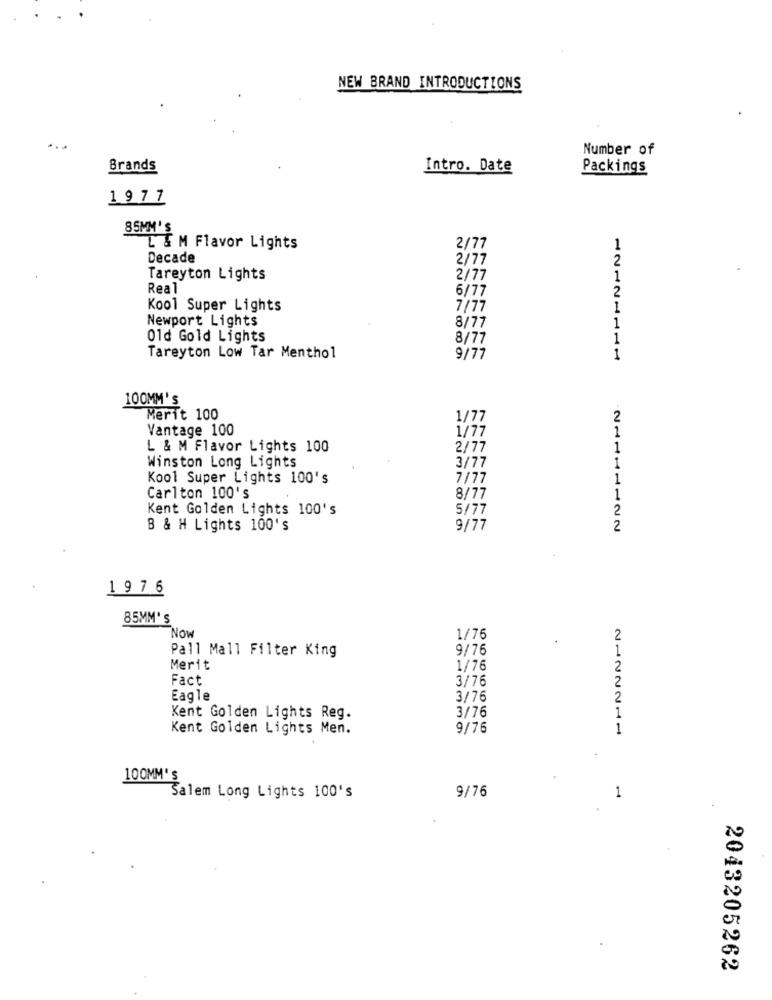
NEW BRAND INTRODUCTIONS
...
Number of
Brands
Intro. Date
Packings
19 77
85MM'S
L & M Flavor Lights
2/77
Decade
2/77
2
Tareyton Lights
2/77
1
Real
2
6/77
Kool Super Lights
7/77
1
Newport Lights
8/77
1
Old Gold Lights
8/77
1
JUNIOR OO OO
Tareyton Low Tar Menthol
9/77
1
100MM'S
Merit 100
1/77
2
Vantage 100
1
1/77
L & M Flavor Lights 100
2/77
1
Winston Long Lights
3/77
Kool Super Lights 100's
7/77
1
Carlton 100's
8/77
Kent Golden Lights 100's
5/77
2
B & H Lights 100's
9/77
2
1976
85MM'S
Now
1/76
Pall Mall Filter King
9/76
Merit
1/76
Fact
3/76
Eagle
3/76
Kent Golden Lights Reg.
3/76
Kent Golden Lights Men.
9/76
2122211
100MM's
Salem Long Lights 100's
9/76
2043205262